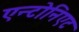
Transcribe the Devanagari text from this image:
एन्टोनिएट